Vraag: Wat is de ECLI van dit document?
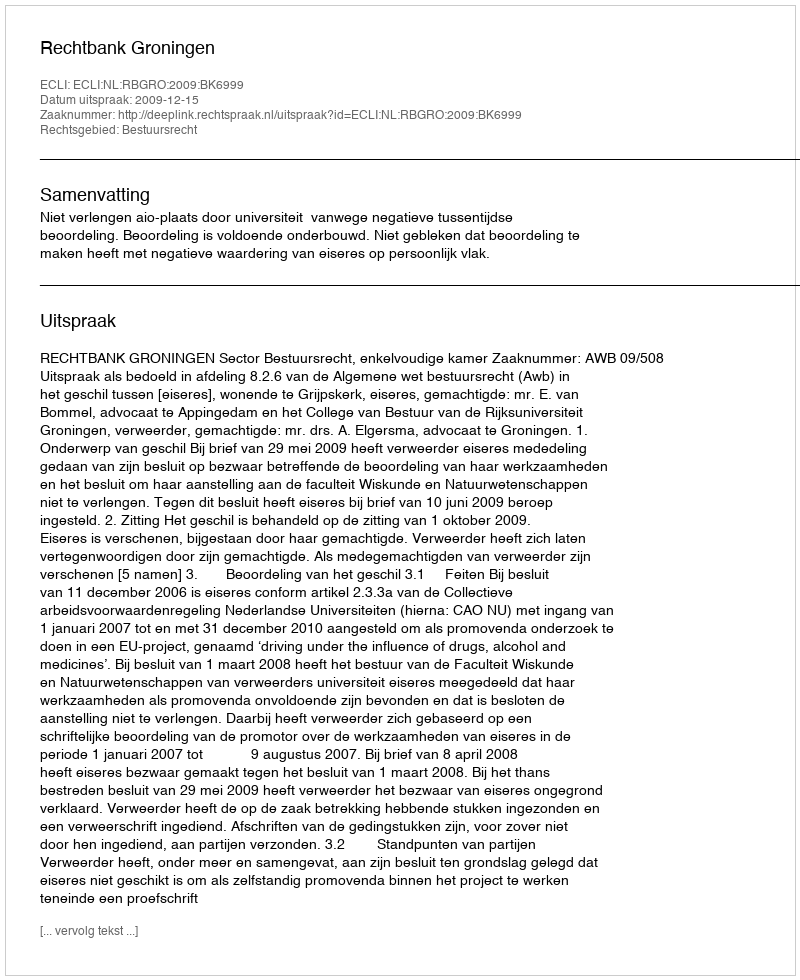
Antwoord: ECLI:NL:RBGRO:2009:BK6999